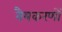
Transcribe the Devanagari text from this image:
वैयकरणों